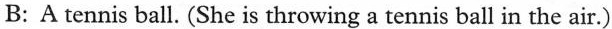
B: A tennis ball. (She is throwing a tennis ball in the air.)